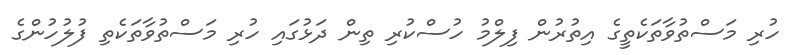
ހުރި މަސްތުވާތަކެތީގެ އިތުރުން ފިލްމު ހުސްކުރި ތިން ދަޅުގައި ހުރި މަސްތުވާތަކެތި ފުލުހުންގެ